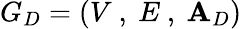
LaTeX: G_{D}=\left(V\mathrm{~,~}E\mathrm{~,~}\mathbf{A}_{D}\right)